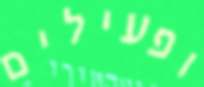
ופעילים